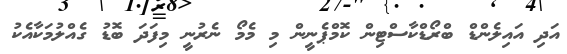
އަދި އައިލެންޑް ބްރޯޑްކާސްޓިން ކޮމްޕެނީން މި މެމޯ ނެރުނީ މިފަދަ ބޮޑު ގެއްލުމަކާއެކު